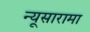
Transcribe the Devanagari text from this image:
न्यूसारामा